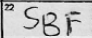
Transcription: SBF